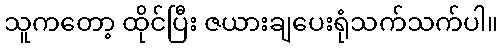
သူကတော့ ထိုင်ပြီး ဇယားချပေးရုံသက်သက်ပါ။